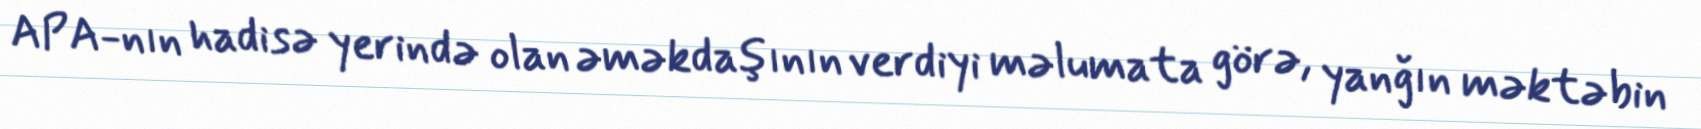
APA-nın hadisə yerində olan əməkdaşının verdiyi məlumata görə, yanğın məktəbin